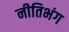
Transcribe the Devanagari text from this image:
नीतिभंग